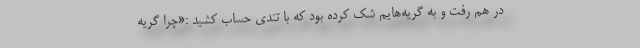
در هم رفت و به گریه‌هایم شک کرده بود که با تندی حساب کشید :«چرا گریه